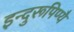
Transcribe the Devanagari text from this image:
इन्दुरूपिण्यै